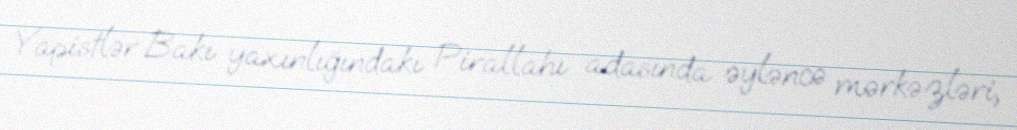
Yapistlər Bakı yaxınlığındakı Pirallahı adasında əyləncə mərkəzləri,